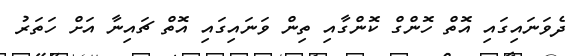
ދެވަނައިގައި އޮތް ހޮންގް ކޮންގާއި ތިން ވަނައިގައި އޮތް ޗައިނާ އަށް ހަތަރު